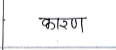
मजकूर: कारण